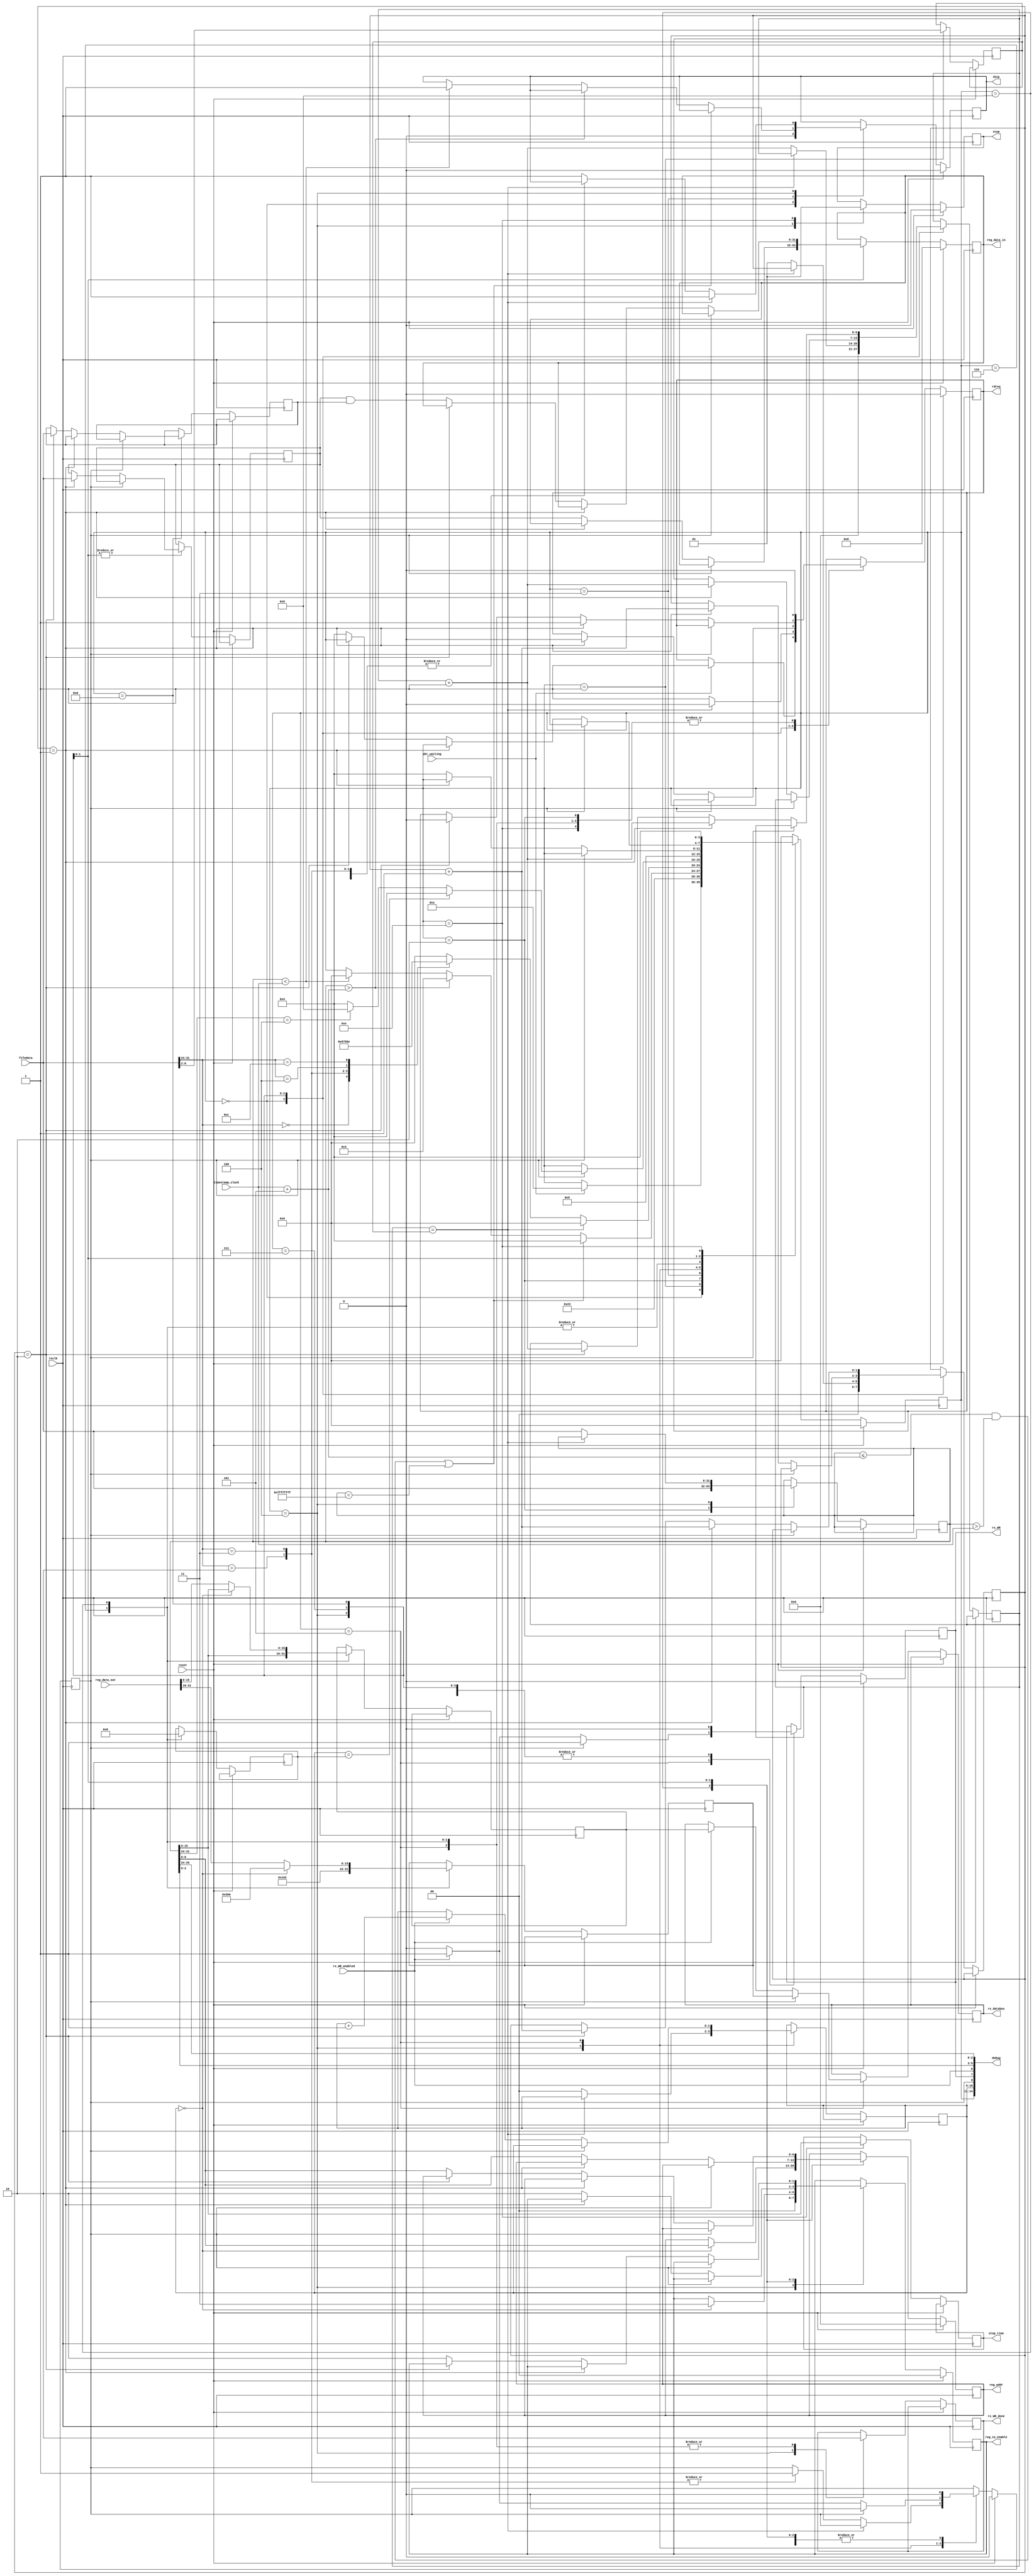
module cmd_reader
   (//System
    input reset, input txclk, input [31:0] timestamp_clock,
    //FX2 Side
    output reg skip, output reg rdreq, 
    input [31:0] fifodata, input pkt_waiting,
    //Rx side
    input rx_WR_enabled, output reg [15:0] rx_databus,
    output reg rx_WR, output reg rx_WR_done,
    //register io
    input wire [31:0] reg_data_out, output reg [31:0] reg_data_in,
    output reg [6:0] reg_addr, output reg [1:0] reg_io_enable,
    output wire [14:0] debug, output reg stop, output reg [15:0] stop_time);
	
   // States
   parameter IDLE                       =   4'd0;
   parameter HEADER                     =   4'd1;
   parameter TIMESTAMP                  =   4'd2;
   parameter WAIT          	        =   4'd3;
   parameter TEST                       =   4'd4;
   parameter SEND                       =   4'd5;
   parameter PING                       =   4'd6;
   parameter WRITE_REG                  =   4'd7;
   parameter WRITE_REG_MASKED           =   4'd8;
   parameter READ_REG                   =   4'd9;
   parameter DELAY                      =   4'd14;		

   `define OP_PING_FIXED                    8'd0
   `define OP_PING_FIXED_REPLY              8'd1
   `define OP_WRITE_REG	                    8'd2
   `define OP_WRITE_REG_MASKED              8'd3
   `define OP_READ_REG                      8'd4
   `define OP_READ_REG_REPLY                8'd5
   `define OP_DELAY                         8'd12
	
   reg [6:0]   payload;
   reg [6:0]   payload_read;
   reg [3:0]   state;
   reg [15:0]  high;
   reg [15:0]  low;
   reg         pending;
   reg [31:0]  value0;
   reg [31:0]  value1;
   reg [31:0]  value2;
   reg [1:0]   lines_in;
   reg [1:0]   lines_out;
   reg [1:0]   lines_out_total;
	
   `define JITTER                           5
   `define OP_CODE                          31:24
   `define PAYLOAD                          8:2
	
   wire [7:0] ops;
   assign ops = value0[`OP_CODE];
   assign debug = {state[3:0], lines_out[1:0], pending, rx_WR, rx_WR_enabled, value0[2:0], ops[2:0]};
	
   always @(posedge txclk)
       if (reset)
         begin
           pending <= 0;
           state <= IDLE;
           skip <= 0;
           rdreq <= 0;
           rx_WR <= 0;
           reg_io_enable <= 0;
           reg_data_in <= 0;
           reg_addr <= 0;
           stop <= 0;
          end
        else case (state)
          IDLE : 
            begin
              payload_read <= 0;
              skip <= 0;
              lines_in <= 0;
              if(pkt_waiting)
                begin
                  state <= HEADER;
                  rdreq <= 1;
                end
             end
          
          HEADER : 
            begin
              payload <= fifodata[`PAYLOAD];
              state <= TIMESTAMP;
            end
          
          TIMESTAMP : 
            begin
              value0 <= fifodata;
              state <= WAIT;
              rdreq <= 0;
            end
			
          WAIT : 
            begin
              // Let's send it
              if ((value0 <= timestamp_clock + `JITTER 
                 && value0 > timestamp_clock)
                 || value0 == 32'hFFFFFFFF)
                  state <= TEST;
              // Wait a little bit more
              else if (value0 > timestamp_clock + `JITTER)
                  state <= WAIT; 
              // Outdated
              else if (value0 < timestamp_clock)
                begin
                  state <= IDLE;
                  skip <= 1;
                end
            end
			
          TEST : 
            begin
              reg_io_enable <= 0;
              rx_WR <= 0;
              rx_WR_done <= 1;
              stop <= 0;
              if (payload_read == payload)
                begin
                  skip <= 1;
                  state <= IDLE;
                  rdreq <= 0;
                end
              else
                begin
                  value0 <= fifodata;
                  lines_in <= 2'd1;
                  rdreq <= 1;
                  payload_read <= payload_read + 7'd1;
                  lines_out <= 0;
                  case (fifodata[`OP_CODE])
                    `OP_PING_FIXED: 
                      begin
                        state <= PING;
                      end
                    `OP_WRITE_REG: 
                      begin
                        state <= WRITE_REG;
                        pending <= 1;
                      end
                    `OP_WRITE_REG_MASKED: 
                      begin
                        state <= WRITE_REG_MASKED;
                        pending <= 1;
                      end
                    `OP_READ_REG: 
                      begin
                        state <= READ_REG;
                      end
                    `OP_DELAY: 
                      begin
                        state <= DELAY;
                      end
                    default: 
                      begin
                      //error, skip this packet
                        skip <= 1;
                        state <= IDLE;
                      end
                  endcase
                end
              end
			
            SEND: 
              begin
                rdreq <= 0;
                rx_WR_done <= 0;
                if (pending)
                  begin
                    rx_WR <= 1;
                    rx_databus <= high;
                    pending <= 0;
                    if (lines_out == lines_out_total)
                        state <= TEST;
                    else case (ops)
                        `OP_READ_REG: 
                          begin
                            state <= READ_REG;
                          end
                         default: 
                           begin
                             state <= TEST;
                           end
                    endcase
                  end
                else
                  begin
                    if (rx_WR_enabled)
                      begin
                        rx_WR <= 1;
                        rx_databus <= low;
                        pending <= 1;
                        lines_out <= lines_out + 2'd1;
                      end
                    else
                        rx_WR <= 0;
                  end
                end
			
            PING: 
              begin
                rx_WR <= 0;
                rdreq <= 0;
                rx_WR_done <= 0;
                lines_out_total <= 2'd1;
                pending <= 0; 
                state <= SEND;
                high <= {`OP_PING_FIXED_REPLY, 8'd2};
                low <= value0[15:0];	
              end
			
            READ_REG: 
              begin
                rx_WR <= 0;
                rx_WR_done <= 0;
                rdreq <= 0;
                lines_out_total <= 2'd2;
                pending <= 0;
                state <= SEND;
                if (lines_out == 0)
                  begin
                    high <= {`OP_READ_REG_REPLY, 8'd6};
                    low <= value0[15:0];
                    reg_io_enable <= 2'd3;
                    reg_addr <= value0[6:0];
                  end
                else
                  begin		
                    high <= reg_data_out[31:16];
                    low <= reg_data_out[15:0];
                  end
             end    
			
            WRITE_REG: 
              begin
                rx_WR <= 0;
                if (pending)
                    pending <= 0;
                else
                  begin
                    if (lines_in == 2'd1)
                      begin
                        payload_read <= payload_read + 7'd1;
                        lines_in <= lines_in + 2'd1;
                        value1 <= fifodata;
                        rdreq <= 0;
                      end
                    else
                      begin
                        reg_io_enable <= 2'd2;
                        reg_data_in <= value1;
                        reg_addr <= value0[6:0];
                        state <= TEST;
                      end
                  end
              end
			
            WRITE_REG_MASKED: 
              begin
                rx_WR <= 0;
                if (pending)
                    pending <= 0;
                else
                  begin
                    if (lines_in == 2'd1)
                      begin
                        rdreq <= 1;
                        payload_read <= payload_read + 7'd1;
                        lines_in <= lines_in + 2'd1;
                        value1 <= fifodata;
                      end
                    else if (lines_in == 2'd2)
                      begin
                        rdreq <= 0;
                        payload_read <= payload_read + 7'd1;
                        lines_in <= lines_in + 2'd1;
                        value2 <= fifodata;
                      end
                    else
                      begin
                        reg_io_enable <= 2'd2;
                        reg_data_in <= (value1 & value2);
                        reg_addr <= value0[6:0];
                        state <= TEST;
                      end
                  end
              end
			
            DELAY : 
              begin
                rdreq <= 0;
                stop <= 1;
                stop_time <= value0[15:0];
                state <= TEST;
              end
			
            default : 
              begin
                //error state handling
                state <= IDLE;
              end
        endcase
endmodule